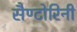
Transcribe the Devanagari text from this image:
सैण्टोरिनी